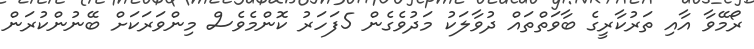
ރޯމޭވާ އާއި ތަރުކާރީގެ ބާވަތްތައް ދުވާލަކު މަދުވެގެން 5ފަހަރު ކޮންމެވެސް މިންވަރަކަށް ބޭނުންކުރަން